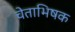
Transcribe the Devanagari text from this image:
चेताभिषक